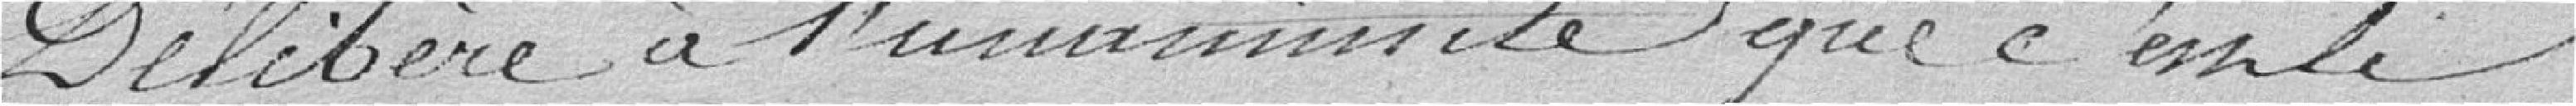
Délibère à l'unanimité que c'est le